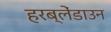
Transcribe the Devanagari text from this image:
हरब्लेंडाउन